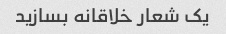
یک شعار خلاقانه بسازید